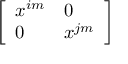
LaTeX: \left[ \begin{array} { l l } { x ^ { i m } } & { 0 } \\ { 0 } & { x ^ { j m } } \end{array} \right]